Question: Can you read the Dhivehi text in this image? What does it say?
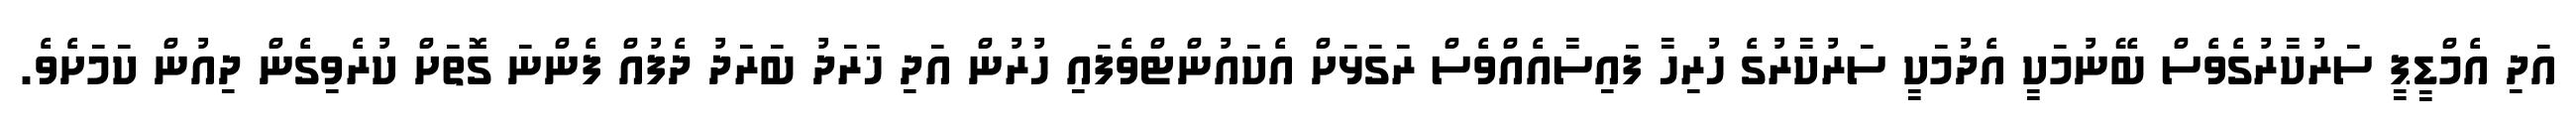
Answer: އަދި އެމްޑީޕީ ސަރުކާރުގެވެސް ބޭނުމަކީ އެދުމަކީ ސަރުކާރުގެ ހުރިހާ ފައިސާއެއްވެސް ރަގަޅަށް އެކައުންޓްވެފައި ހުރުން އަދި ޚަރަދު ބަރަދު ދެފުއް ފެންނަ ގޮތަށް ކުރެވިގެން ދިއުން ކަމަށެވެ.